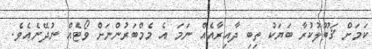
ކަމަށް ޤަބޫލުކުރާ ބަޔަކު ތިބި ދާއިރާއެއް ނަމަ އެ މެމްބަރުންނަށް ވޯޓެއް ނުދޭނެއެވެ.